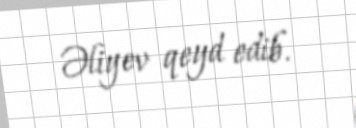
Əliyev qeyd edib.